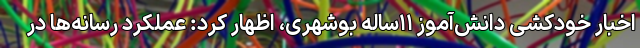
اخبار خودکشی دانش‌آموز ۱۱ساله بوشهری، اظهار کرد: عملکرد رسانه‌ها در